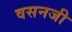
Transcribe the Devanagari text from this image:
वसनजी